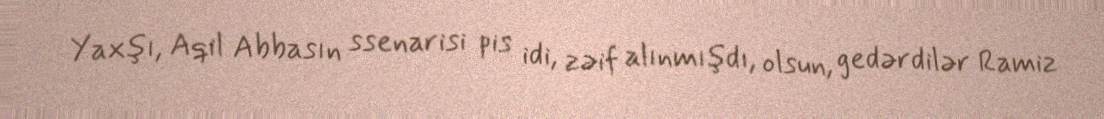
Yaxşı, Aqil Abbasın ssenarisi pis idi, zəif alınmışdı, olsun, gedərdilər Ramiz